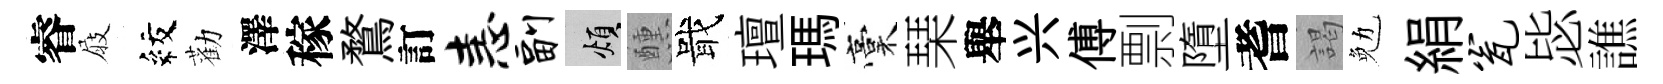
睿屐紋勸澤稼鶩訂恚副煩醺戢璮瑪稾琹舉兴傅剽墮耆謁勉絹瓮毖譙